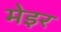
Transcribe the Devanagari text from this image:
मेइर